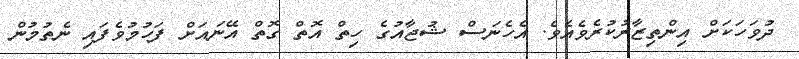
ދުވަހަކަށް އިންތިޒާރުކުރެވެއެވެ. އެހެނަސް ޝުޖާއުގެ ހިތް އޮތް ގޮތް އޭނައަށް ފަހުމުވެފައި ނެތުމުން